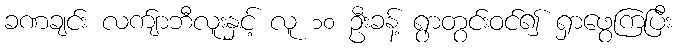
ခဏချင်း လက်ျာဘီလူးနှင့် လူ ၁၀ ဦးခန့် ရွာတွင်းဝင်၍ ရှာဖွေကြပြီး